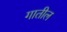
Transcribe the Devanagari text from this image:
गातील